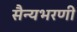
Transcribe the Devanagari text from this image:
सैन्यभरणी